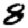
Digit: 8